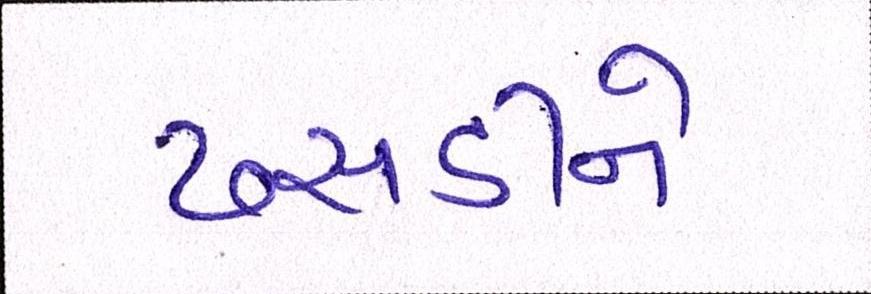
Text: ઢસડીને